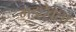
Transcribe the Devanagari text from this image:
गडदेवता